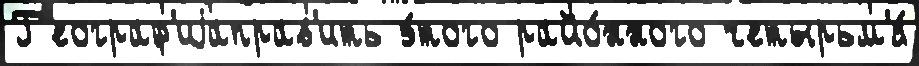
Г'еограф'иjаправ'ить э́того райо́нного четырьм'я́